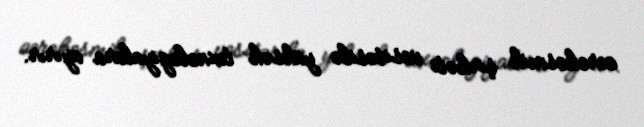
aerokosmik şirkəti vasitəsilə yüksək texnologiyalara ayırır.